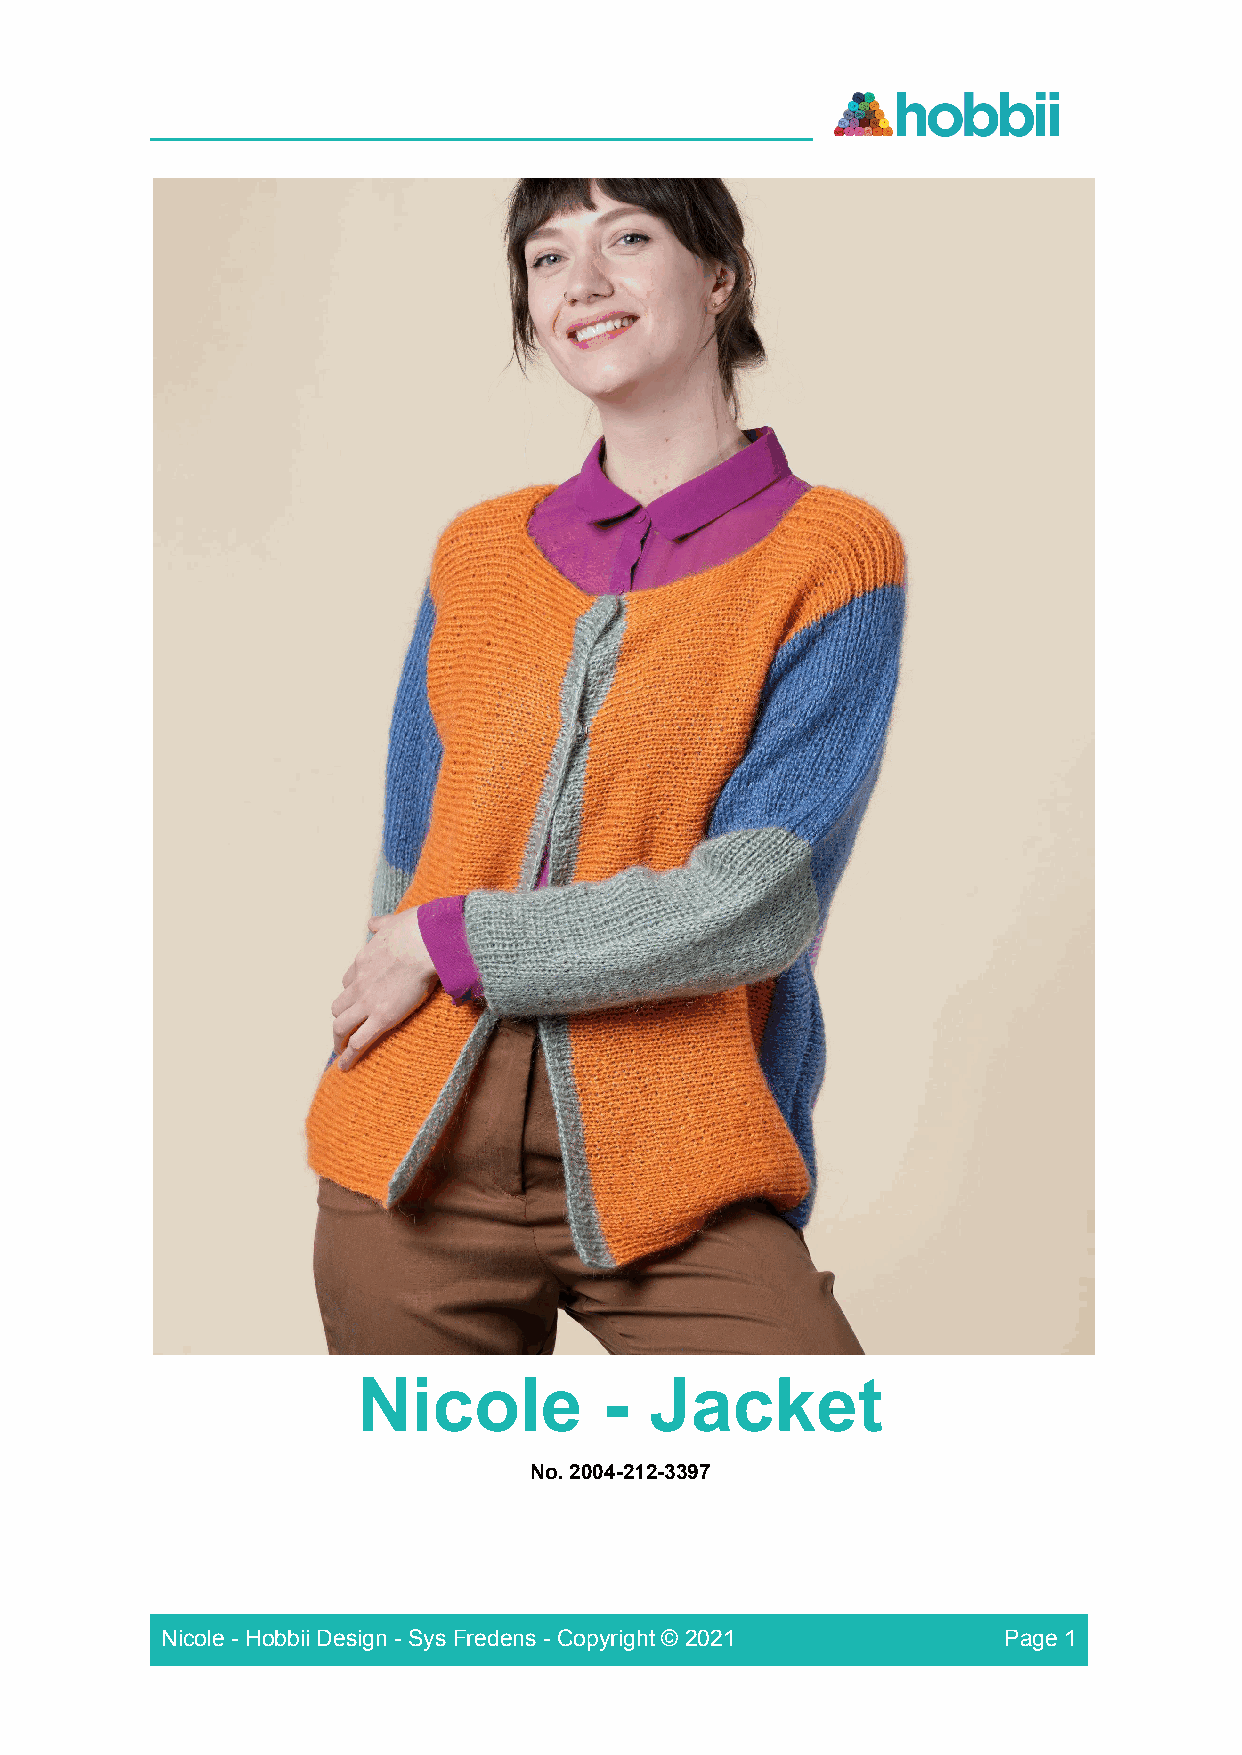
____________________________________________________
 Nicole          -  Jacket
 No. 2004-212-3397
 Nicole - Hobbii Design - Sys Fredens - Copyright © 2021 Page 1